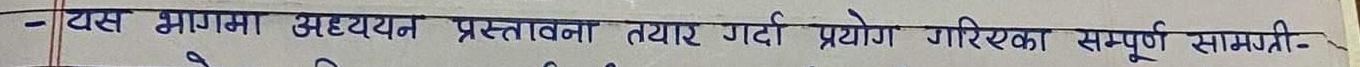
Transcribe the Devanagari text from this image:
- यस भागमा अध्ययन प्रस्तावना तयार गर्दा प्रयोग गरिएका सम्पूर्ण सामग्री -